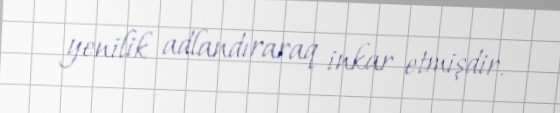
yenilik adlandıraraq inkar etmişdir.